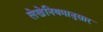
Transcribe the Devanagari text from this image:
लेखेनियमानुसार